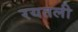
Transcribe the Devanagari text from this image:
रयतली